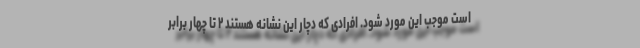
است موجب این مورد شود. افرادی که دچار این نشانه هستند ۲ تا چهار برابر